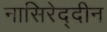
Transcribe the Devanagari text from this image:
नासिरेद्दीन